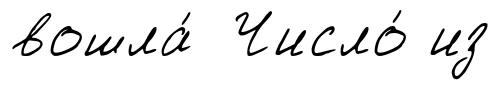
вошла́ Число́ из